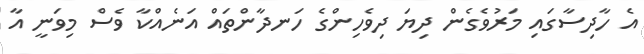
އެ ހާދިސާގައި މަރުވެގެން ދިޔަ ދިވެހިންގެ ހަނދާންތައް އަނެއްކާ ވެސް މިވަނީ އާ